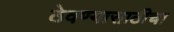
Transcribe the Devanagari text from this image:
ठेवण्यासाठीचा